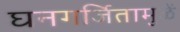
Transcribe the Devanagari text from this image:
घनगर्जितामुळें